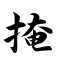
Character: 掩